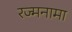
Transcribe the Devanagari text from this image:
रज्मनामा